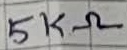
Text: 5KΩ